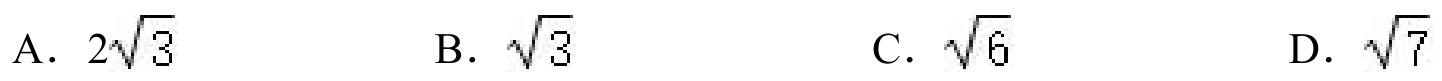
A. \(2\sqrt{3}\)  B. \(\sqrt{3}\)  C. \(\sqrt{6}\)  D. \(\sqrt{7}\)